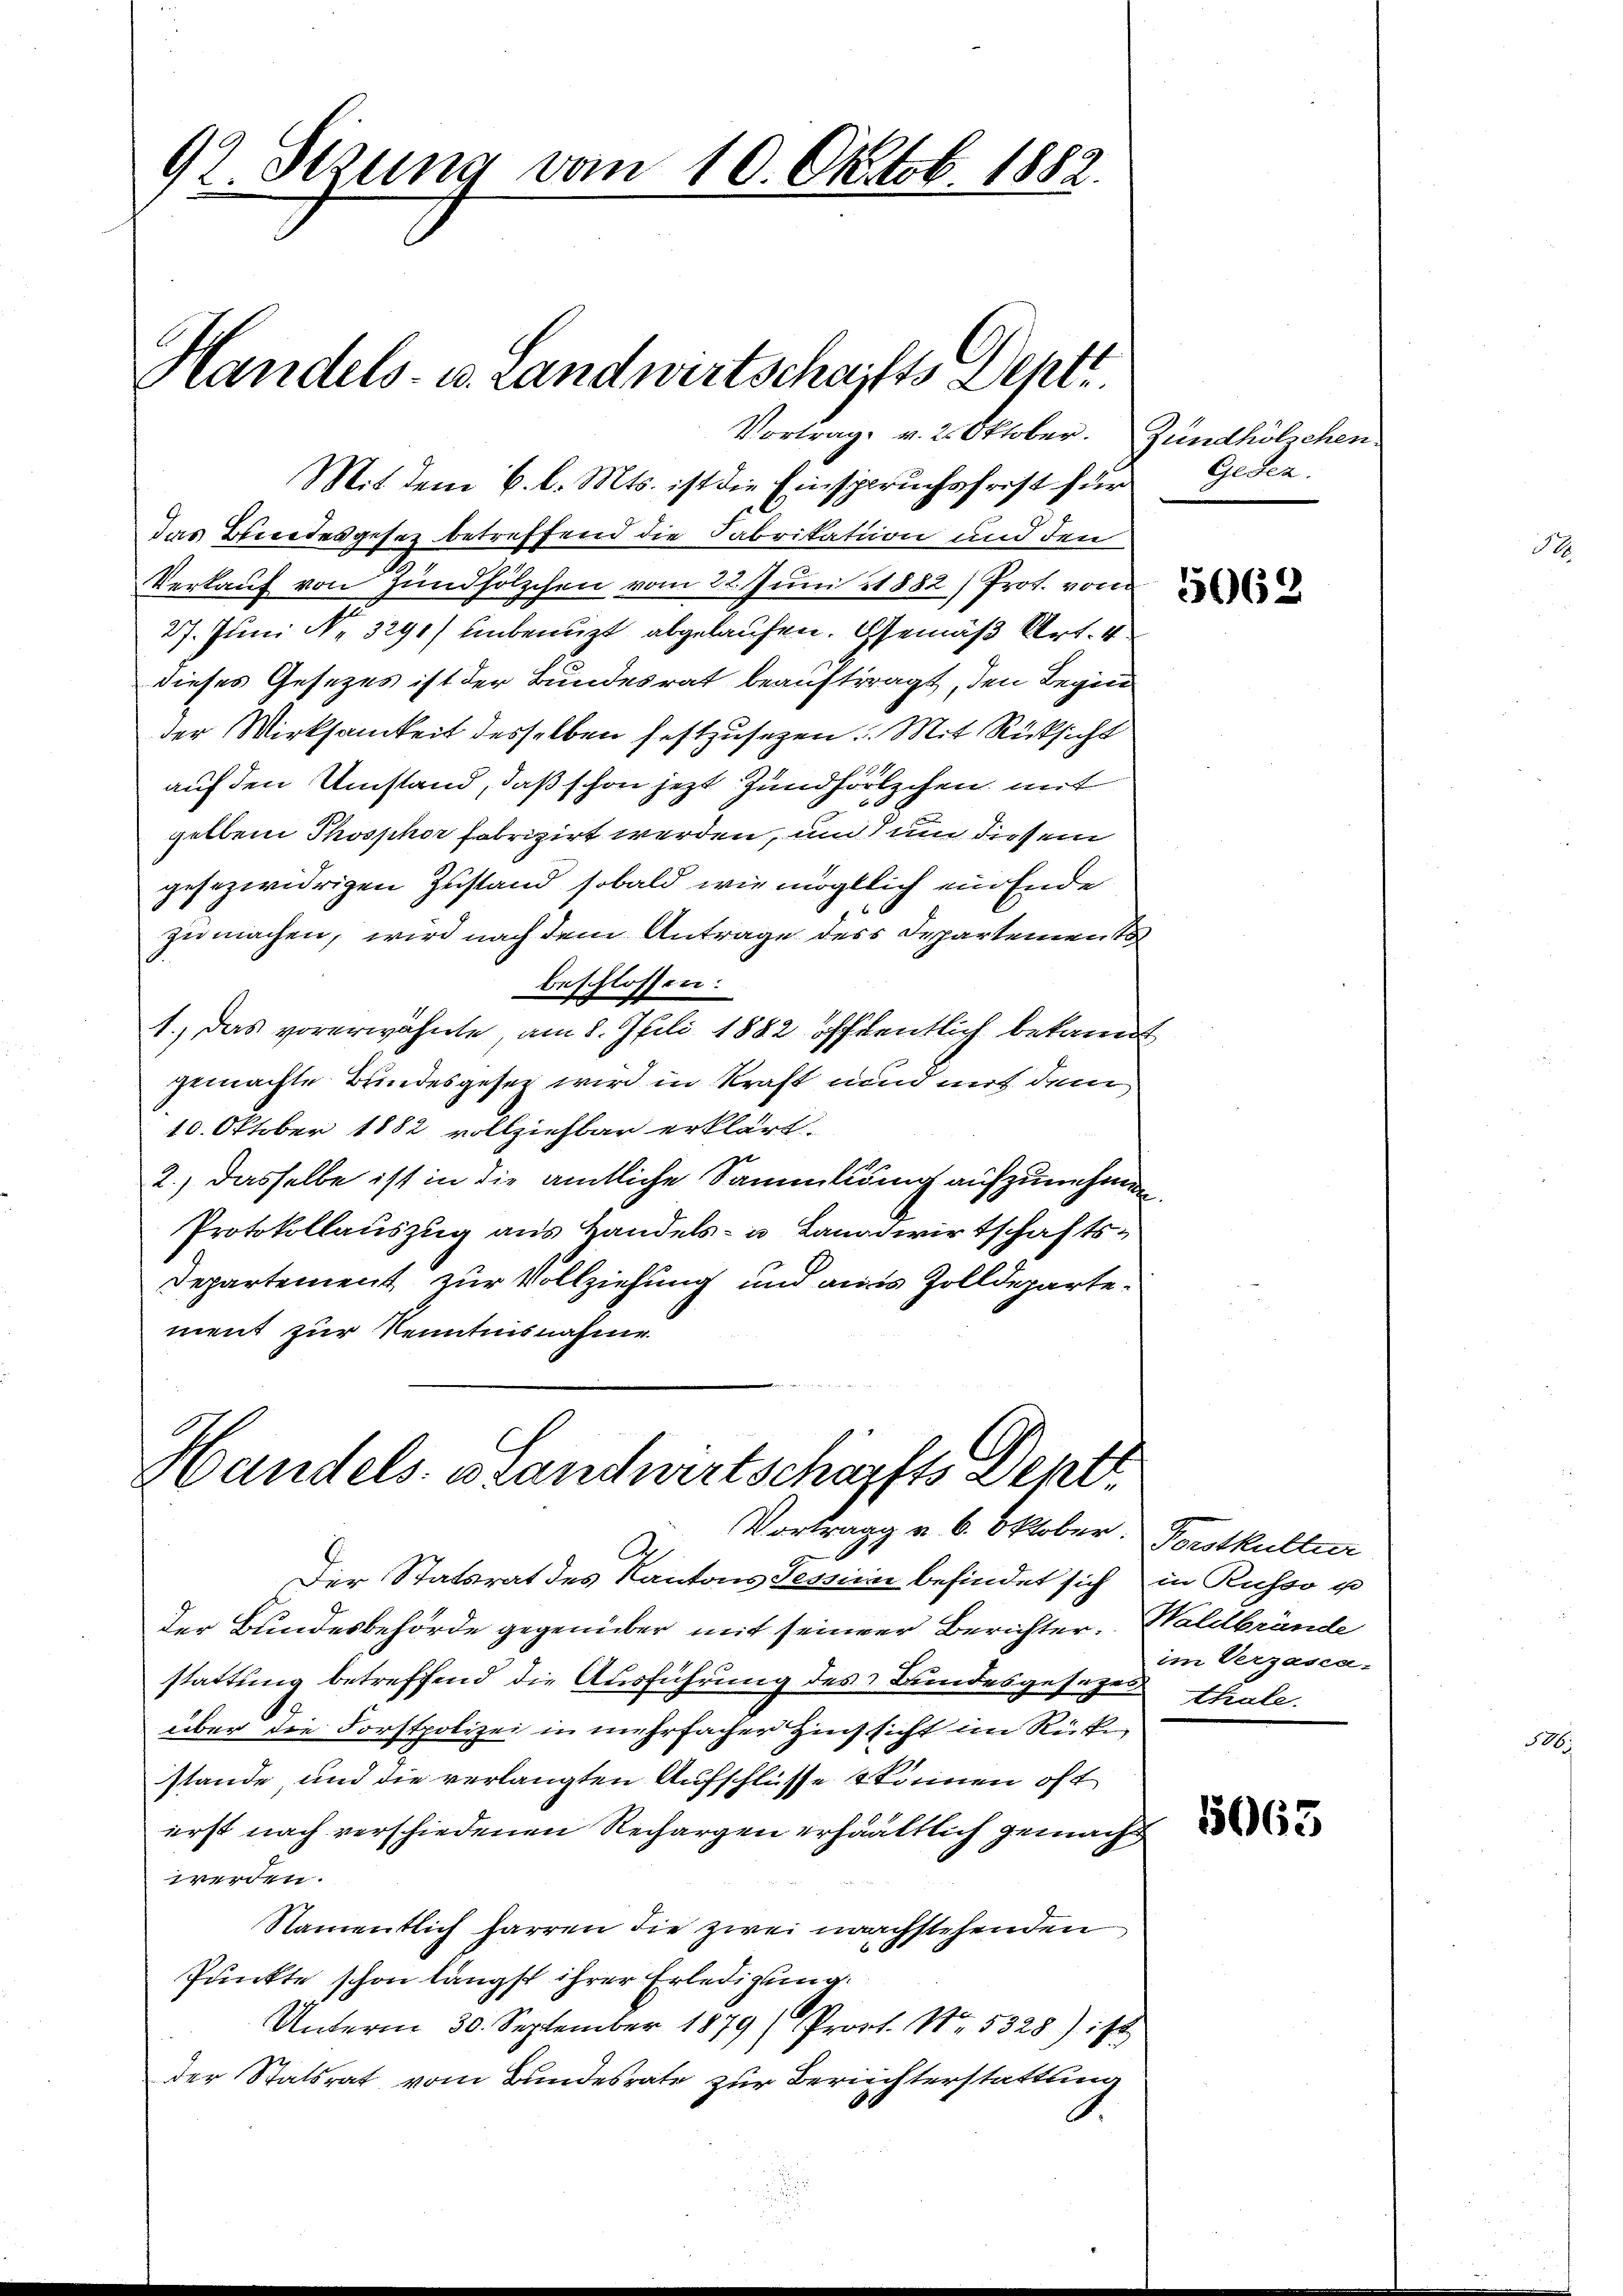
92. Setzung vom 10. Oktob. 1882.
Handels- u. Landwirtschaffts Deptt

Vortrag v. 2. Oktober. Zündhölichen.
Mit dem 6. l. Mts. ist die Einspruchsfrest für Geden.
das Beendesgesez betreffend die Fabrikation und den
Verkauf von Zündhölzchen vom 22. Juni 1882) Prot. von
27. Juni No 3291) unbenuzt abgelaufen. Gemäß Art. 4
dieses Gesetzes ist der Bundesrat beauftragt, den Begin
der Wirksamkeit desselben festzusetzen. Mit Rücksicht
auf den Umstand, daß schon jetzt Zündhölzchen mit
gellen Phosphor fabrizirt werden, um um diesem
gesezwidrigen Zustand sobald wie möglich ein Ende
zu machen, wird nach dem Antrage des Departement
beschlossen:
1.) Das vorerwähnte, am 8. Juli 1882 öffentlich bekannt
gemachte Bundesgesez wird in Kraft und mit dem
10. Oktober 1882 vollziehbar erklärt.
2.) Dasselbe ist in die amtliche Sammlung aufzunehmen.
Protokollauszug aus Handels- u Landwirtschafts¬
Departement zur Vollziehung und aus Zolldepartement zur Kenntnisnahme

Handels. Standwirtschaffts Dept
Vortrag u. 6. Oktober. Vorstkultur

A
Der Statsrat des Kantons Tessina befindet sich
der Bundesbehörde gegenüber mit seiner Berichter. Waldbrände
stattung betreffend die Ausführung des Bundesgesezenthale.
über die Forstpolizei in mehrfacher Hinsicht im Rücke
stande, und die verlangten Aufschlüsse können oft
erst nach verschiedenen Rechargen erhaltlich gemacht
werden.
Namentlich harren die zwei nachstehenden
Punkte schon längst ihrer Erledigung.
Unterm 30. September 1879 (Prost. No. 5328) ist
der Statsrat vom Bundesrate zur Berichterstattung

5062

in Russo u
im Verzasca-

5665